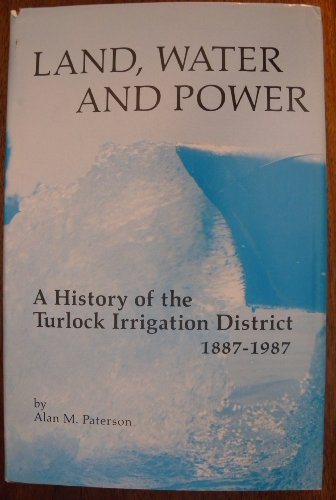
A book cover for Land Water and Power: A History of the Turlock Irrigation District 1887-1987 (Western Lands and Waters Series); Alan M. Paterson; Science & Math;